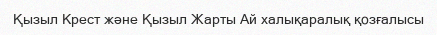
Қызыл Крест және Қызыл Жарты Ай халықаралық қозғалысы